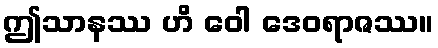
ဤသာနဿ ဟိ ဝေါ ဒေဝရာဇဿ။